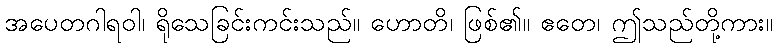
အပေတဂါရဝါ၊ ရိုသေခြင်းကင်းသည်။ ဟောတိ၊ ဖြစ်၏။ ဧတေ၊ ဤသည်တို့ကား။